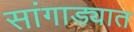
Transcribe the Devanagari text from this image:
सांगाड्यात